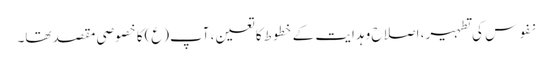
نفوس کی تطہیر، اصلاح و ہدایت کے خطوط کا تعین، آپ(ع)کا خصوصی مقصد تھا۔